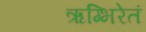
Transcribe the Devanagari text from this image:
ऋग्भिरेतं